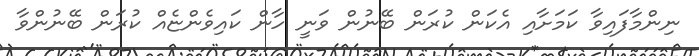
ނިންމާފައިވާ ކަމަށާއި އެކަން ކުރަން ބޭނުން ވަނީ ހާން ކައިވެންޏެއް ކުރަން ބޭނުންވާ